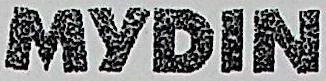
MYDIN